Annual report on the working of the lock hospitals in the North-Western Provinces and Oudh
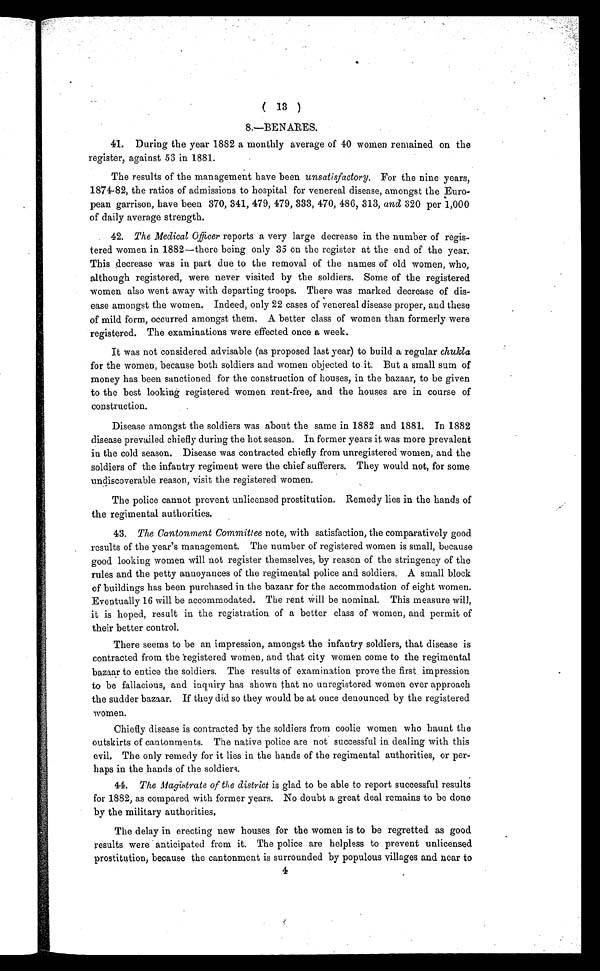
( 13 )
8.—BENARES.
41. During the year 1882 a monthly average of 40 women remained on the
register, against 53 in 1881.
The results of the management have been unsatisfactory. For the nine years,
1874-82, the ratios of admissions to hospital for venereal disease, amongst the Euro-
pean garrison, have been 370, 341, 479, 479, 333, 470, 486, 313, and 320 per 1,000
of daily average strength,
42. The Medical Officer reports a very large decrease in the number of regis-
tered women in 1882—there being only 35 on the register at the end of the year.
This decrease was in part due to the removal of the names of old women, who,
although registered, were never visited by the soldiers. Some of the registered
women also went away with departing troops. There was marked decrease of dis-
ease amongst the women. Indeed, only 22 cases of venereal disease proper, and these
of mild form, occurred amongst them. A better class of women than formerly were
registered. The examinations were effected once a week.
It was not considered advisable (as proposed last year) to build a regular chukla
for the women, because both soldiers and women objected to it. But a small sum of
money has been sanctioned for the construction of houses, in the bazaar, to be given
to the best looking registered women rent-free, and the houses are in course of
construction.
Disease amongst the soldiers was about the same in 1882 and 1881. In 1882
disease prevailed chiefly during the hot season, In former years it was more prevalent
in the cold season. Disease was contracted chiefly from unregistered women, and the
soldiers of the infantry regiment were the chief sufferers. They would not, for some
undiscoverable reason, visit the registered women.
The police cannot prevent unlicensed prostitution. Remedy lies in the hands of
the regimental authorities.
43. The Cantonment Committee note, with satisfaction, the comparatively good
results of the year's management. The number of registered women is small, because
good looking women will not register themselves, by reason of the stringency of the
rules and the petty annoyances of the regimental police and soldiers. A small block
of buildings has been purchased in the bazaar for the accommodation of eight women.
Eventually 16 will be accommodated. The rent Will be nominal. This measure will,
it is hoped, result in the registration of a better class of women, and permit of
their better control.
There seems to be an impression, amongst the infantry soldiers, that disease is
contracted from the registered women, and that city women come to the regimental
bazaar to entice the soldiers. The results of examination prove the first impression
to be fallacious, and inquiry has shown that no unregistered women ever approach
the sudder bazaar. If they did so they would be at once denounced by the registered
women.
Chiefly disease is contracted by the soldiers from coolie women who haunt the
outskirts of cantonments. The native police are not successful in dealing with this
evil. The only remedy for it lies in the hands of the regimental authorities, or per-
haps in the hands of the soldier.
44. The Magistrate of the district is glad to be able to report successful results
for 1882, as compared with former years. No doubt a great deal remains to be done
by the military authorities,
The delay in erecting new houses for the women is to be regretted as good
results were anticipated from it. The police are helpless to prevent unlicensed
prostitution, because the cantonment is surrounded by populous villages and near to
4